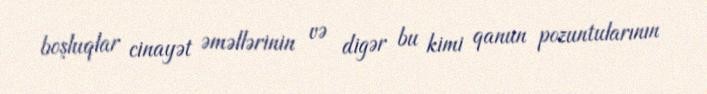
boşluqlar cinayət əməllərinin və digər bu kimi qanun pozuntularının